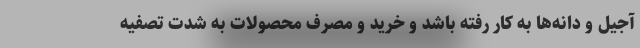
آجیل و دانه‌ها به کار رفته باشد و خرید و مصرف محصولات به شدت تصفیه